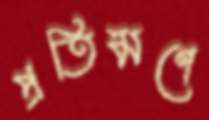
প্রতিমণে